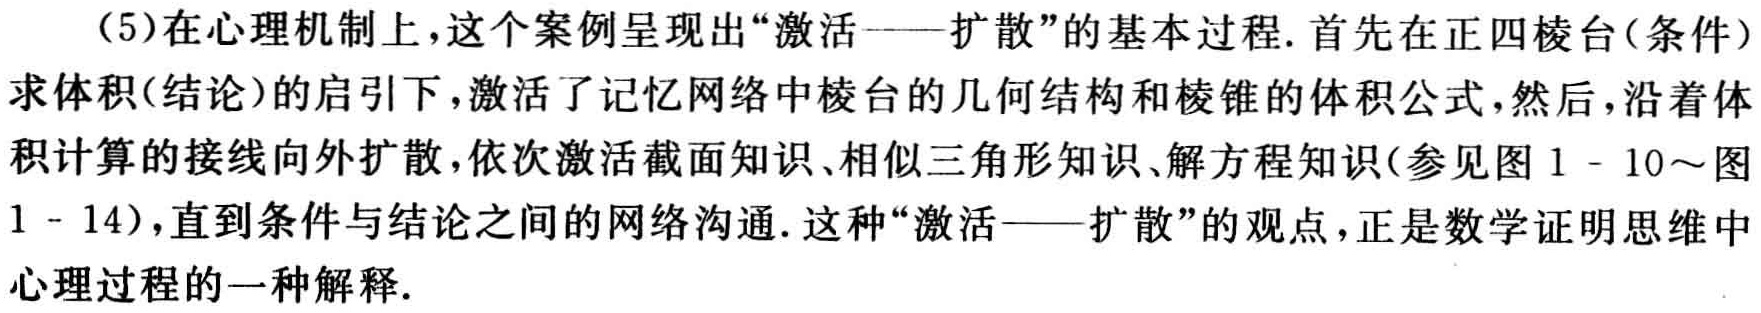
（5）在心理机制上，这个案例呈现出“激活——扩散”的基本过程. 首先在正四棱台(条件）求体积(结论)的启引下，激活了记忆网络中棱台的几何结构和棱锥的体积公式，然后，沿着体积计算的接线向外扩散，依次激活截面知识、相似三角形知识、解方程知识(参见图1 - 10～图1 - 14)，直到条件与结论之间的网络沟通. 这种“激活——扩散”的观点，正是数学证明思维中心理过程的一种解释.